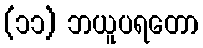
(၁၁) ဘယူပရတော